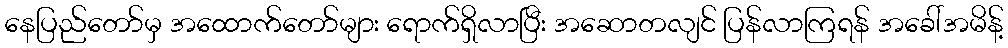
နေပြည်တော်မှ အထောက်တော်များ ရောက်ရှိလာပြီး အဆောတလျင် ပြန်လာကြရန် အခေါ်အမိန့်